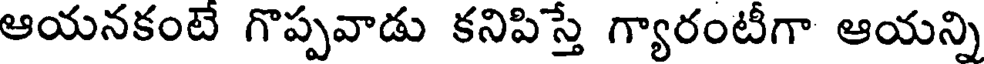
ఆయనకంటే గొప్పవాడు కనిపిస్తే గ్యారంటీగా ఆయన్ని